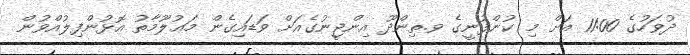
ދުވަހުގެ 11:00 އަށް މި ކުންފުނީގެ ވ.ތިންދޫ އިންޖީނުގެއަށް ވަޑައިގެން މަޢުލޫމާތު އޮޅުންފިލުއްވުން